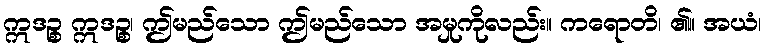
ဣဒဉ္စ ဣဒဉ္စ၊ ဤမည်သော ဤမည်သော အမှုကိုလည်း။ ကရောတိ၊ ၏။ အယံ၊